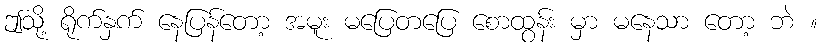
ဤသို့ ရိုက်နှက် နေပြန်တော့ အမူး မပြေတပြေ စောထွန်း မှာ မနေသာ တော့ ဘဲ ။